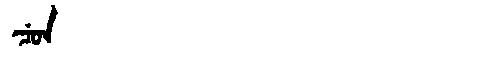
Manchu: ᠴᡠᠨ
Romanization: CUN